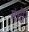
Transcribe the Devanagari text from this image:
मंधौर